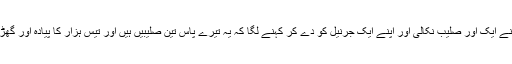
رومی بادشاہ نے ایک اور صلیب نکالی اور اپنے ایک جرنیل کو دے کر کہنے لگا کہ یہ تیرے پاس تین صلیبیں ہیں اور تیس ہزار کا پیادہ اور گھڑ سوار لشکر ۔